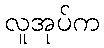
လူအုပ်က